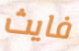
فايث